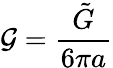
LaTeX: \mathcal{G}=\frac{\tilde{G}}{6\pi a}